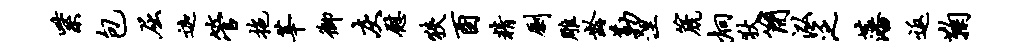
紫包屈迦管拖莘御灰慰狭酉精劂雕龄勒涅篪炯狄简泓泛藩返鞠